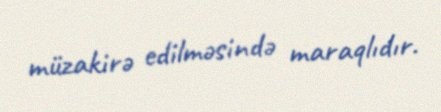
müzakirə edilməsində maraqlıdır.